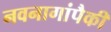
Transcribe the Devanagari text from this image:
नवनागांपैकी